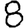
Digit: 8